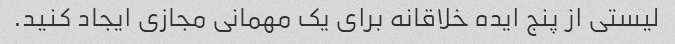
لیستی از پنج ایده خلاقانه برای یک مهمانی مجازی ایجاد کنید.